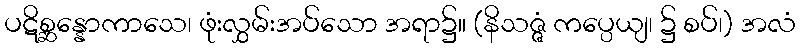
ပဋိစ္ဆန္နောကာသေ၊ ဖုံးလွှမ်းအပ်သော အရာ၌။ (နိသဇ္ဇံ ကပ္ပေယျ၊ ၌ စပ်၊) အလံ